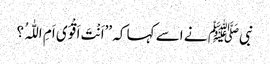
نبیﷺ نے اسے کہا کہ ’’اَنْتَ اَقْوَی اَمِ اللّٰہُ ؟